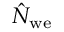
\hat { N } _ { \mathrm { w e } }